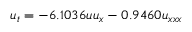
u _ { t } = - 6 . 1 0 3 6 u u _ { x } - 0 . 9 4 6 0 u _ { x x x }